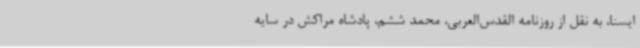
ایسنا، به نقل از روزنامه القدس‌العربی، محمد ششم، پادشاه مراکش در سایه